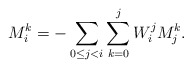
\begin{align*} M_i^k=-\sum_{0\leq j<i}\sum_{k=0}^j W_i^j M_j^k.\end{align*}